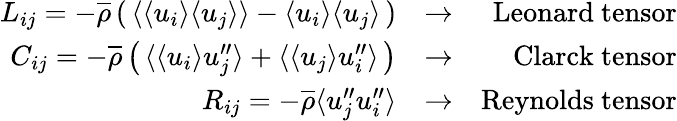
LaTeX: \begin{array}{rlr}{L_{ij}=-\overline{{\rho}}\left(\, \langle{\langle u_{i}\rangle\langle u_{j}\rangle}\rangle-\langle u_{i}\rangle\langle u_{j}\rangle\, \right)}&{\rightarrow}&{\mathrm{Leonard~tensor}}\\ {C_{ij}=-\overline{{\rho}}\left(\, \langle{\langle u_{i}\rangle u_{j}^{\prime\prime}}\rangle+\langle{\langle u_{j}\rangle u_{i}^{\prime\prime}}\rangle\, \right)}&{\rightarrow}&{\mathrm{Clarck~tensor}}\\ {R_{ij}=-\overline{{\rho}}\langle{u_{j}^{\prime\prime}u_{i}^{\prime\prime}}\rangle}&{\rightarrow}&{\mathrm{Reynolds~tensor}}\end{array}